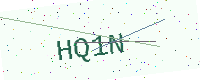
Text: HQ1N